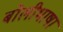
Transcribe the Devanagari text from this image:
बाेलीभाषा